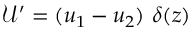
\mathcal { U } ^ { \prime } = ( u _ { 1 } - u _ { 2 } ) \ \delta ( z )